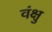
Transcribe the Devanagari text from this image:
वंक्षु